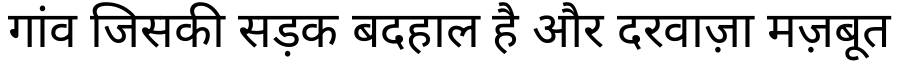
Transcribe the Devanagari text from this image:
गांव जिसकी सड़क बदहाल है और दरवाज़ा मज़बूत